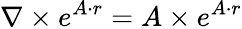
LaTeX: \nabla\times e^{A\cdot r}=A\times e^{A\cdot r}